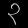
Digit: ၃